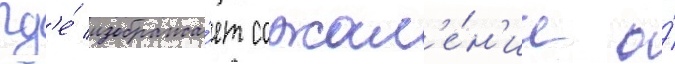
гд'е́ изобража́ет сожал'е́н'ие о́